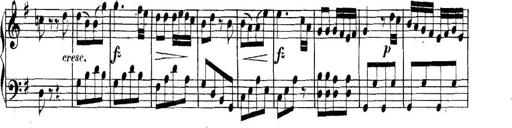
Title: Collected Piano Sonatas
Composer: Muzio Clementi